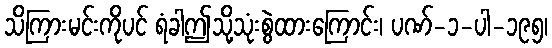
သိကြားမင်းကိုပင် ရံခါဤသို့သုံးစွဲထားကြောင်း၊ ပဏ်-၁-ပါ-၁၉၅၊